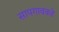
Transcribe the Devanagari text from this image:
सापगावकडे